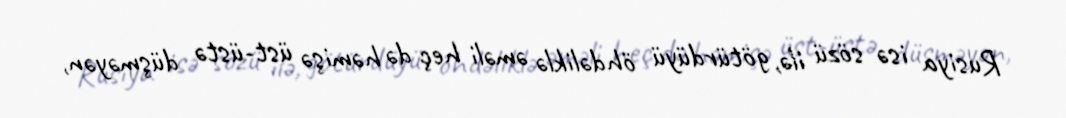
Rusiya isə sözü ilə, götürdüyü öhdəliklə əməli heç də həmişə üst-üstə düşməyən,